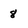
Character: 8